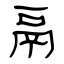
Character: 鬲